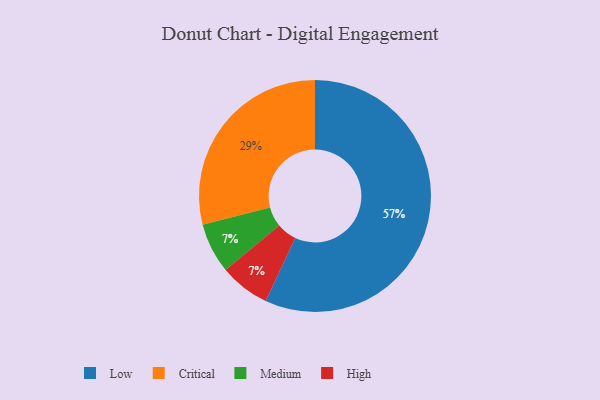
{"axis": {"x": "Category", "y": "Percentage"}, "legend": ["Critical", "High", "Low", "Medium"], "data": [{"x": "Low", "y": 57, "type": "Low"}, {"x": "Medium", "y": 7, "type": "Medium"}, {"x": "Critical", "y": 29, "type": "Critical"}, {"x": "High", "y": 7, "type": "High"}]}